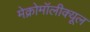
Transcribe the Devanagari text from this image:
मेक्रोमॉलीक्यूल